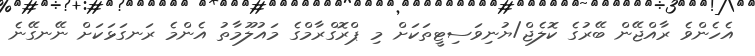
އެހެންވެ ރާއްޖޭން ބޭރުގެ ކޮލެޖް/ޔުނިވަސިޓީތަކަށް މި ޕްރޮގްރާމްގެ މައުލޫމާތު އެންމެ ރަނގަޅަކަށް ނޭނގޭނެ